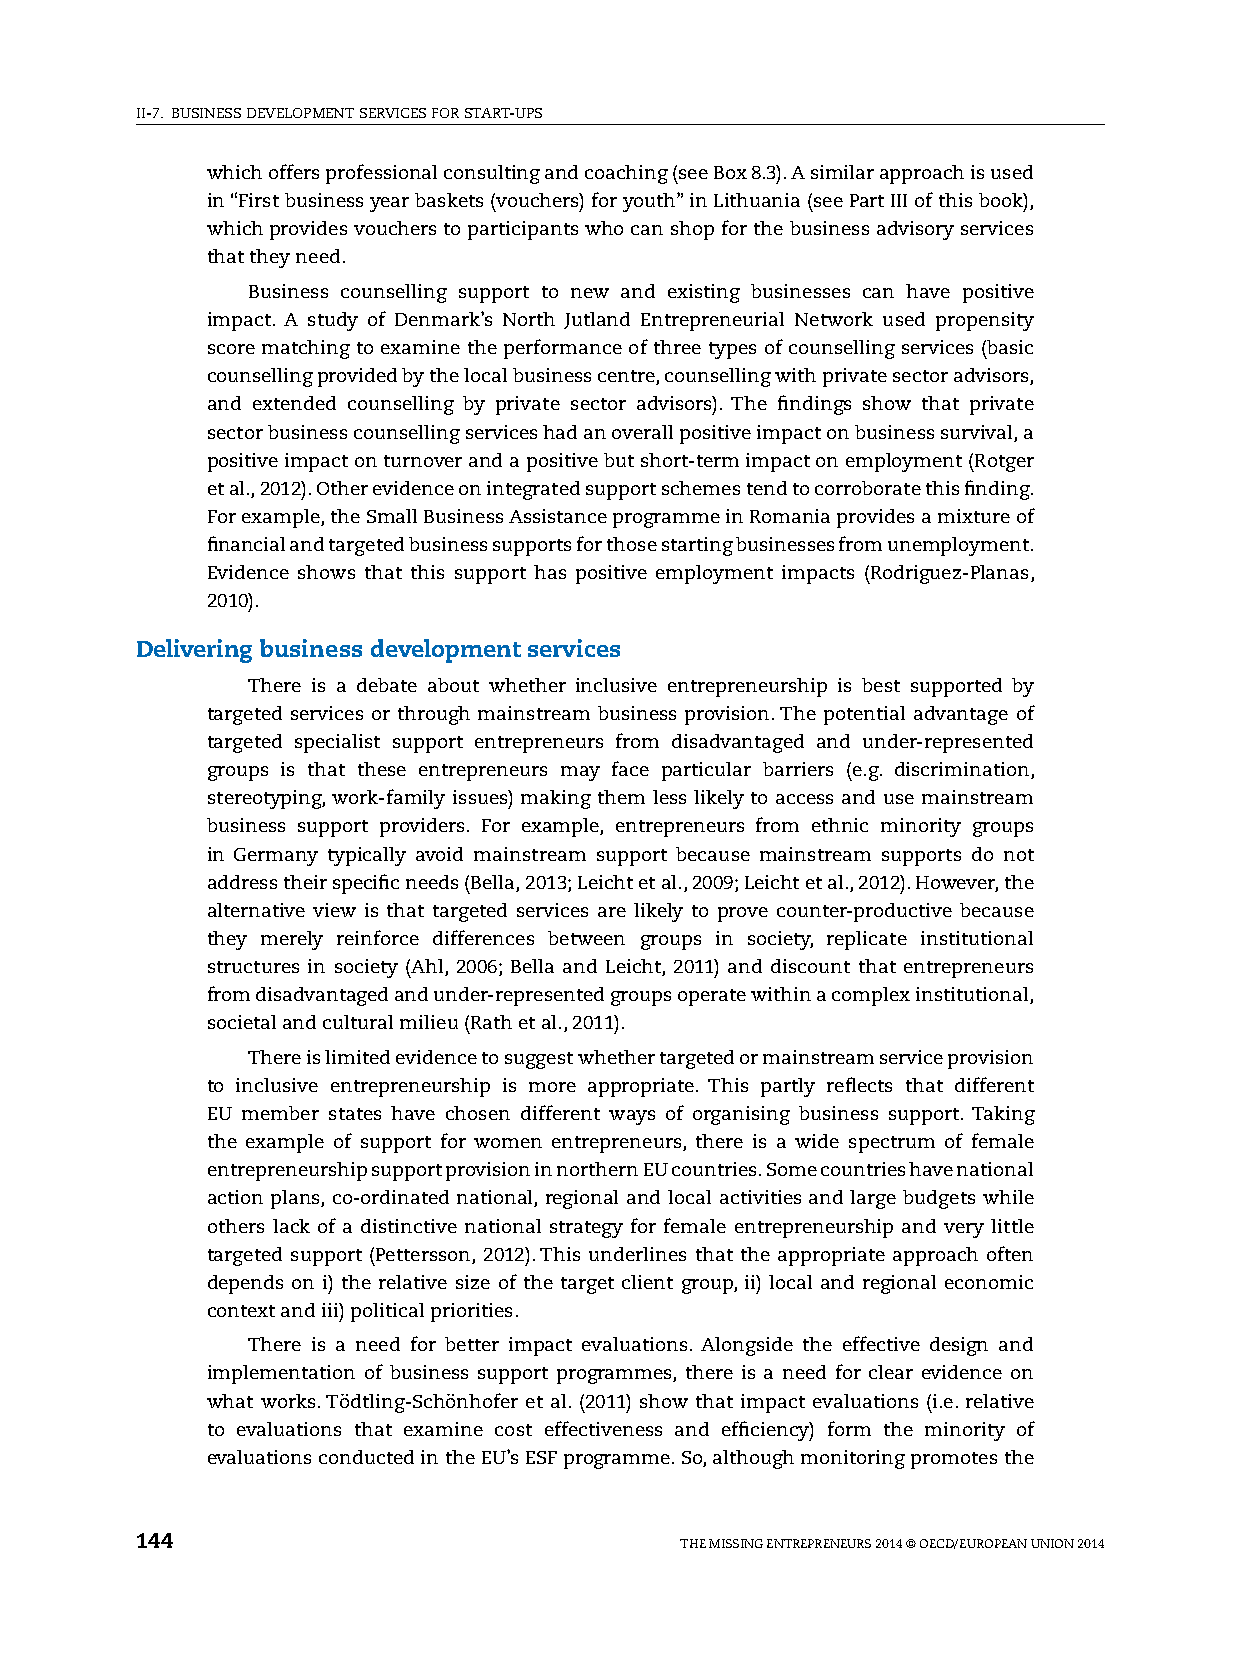
II-7. BUsINEss DEvElOpMENT sERvICEs FOR sTART-Ups
 which offers professional consulting and coaching (see Box 8.3). A similar approach is used
 in “First business year baskets (vouchers) for youth” in lithuania (see part III of this book),
 which provides vouchers to participants who can shop for the business advisory services
 that they need.
 Business counselling support to new and existing businesses can have positive
 impact. A study of Denmark’s North Jutland Entrepreneurial Network used propensity
 score matching to examine the performance of three types of counselling services (basic
 counselling provided by the local business centre, counselling with private sector advisors,
 and extended counselling by private sector advisors). The findings show that private
 sector business counselling services had an overall positive impact on business survival, a
 positive impact on turnover and a positive but short-term impact on employment (Rotger
 et al., 2012). Other evidence on integrated support schemes tend to corroborate this finding.
 For example, the small Business Assistance programme in Romania provides a mixture of
 financial and targeted business supports for those starting businesses from unemployment.
 Evidence shows that this support has positive employment impacts (Rodriguez-planas,
 2010).
 Delivering business development services
 There is a debate about whether inclusive entrepreneurship is best supported by
 targeted services or through mainstream business provision. The potential advantage of
 targeted specialist support entrepreneurs from disadvantaged and under-represented
 groups is that these entrepreneurs may face particular barriers (e.g. discrimination,
 stereotyping, work-family issues) making them less likely to access and use mainstream
 business support providers. For example, entrepreneurs from ethnic minority groups
 in Germany typically avoid mainstream support because mainstream supports do not
 address their specific needs (Bella, 2013; leicht et al., 2009; leicht et al., 2012). however, the
 alternative view is that targeted services are likely to prove counter-productive because
 they merely reinforce differences between groups in society, replicate institutional
 structures in society (Ahl, 2006; Bella and leicht, 2011) and discount that entrepreneurs
 from disadvantaged and under-represented groups operate within a complex institutional,
 societal and cultural milieu (Rath et al., 2011).
 There is limited evidence to suggest whether targeted or mainstream service provision
 to inclusive entrepreneurship is more appropriate. This partly reflects that different
 EU member states have chosen different ways of organising business support. Taking
 the example of support for women entrepreneurs, there is a wide spectrum of female
 entrepreneurship support provision in northern EU countries. some countries have national
 action plans, co-ordinated national, regional and local activities and large budgets while
 others lack of a distinctive national strategy for female entrepreneurship and very little
 targeted support (pettersson, 2012). This underlines that the appropriate approach often
 depends on i) the relative size of the target client group, ii) local and regional economic
 context and iii) political priorities.
 There is a need for better impact evaluations. Alongside the effective design and
 implementation of business support programmes, there is a need for clear evidence on
 what works. Tödtling-schönhofer et al. (2011) show that impact evaluations (i.e. relative
 to evaluations that examine cost effectiveness and efficiency) form the minority of
 evaluations conducted in the EU’s EsF programme. so, although monitoring promotes the
 144                                 ThE MIssING ENTREpRENEURs 2014 © OECD/EUROpEAN UNION 2014